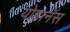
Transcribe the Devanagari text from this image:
योहानॅस